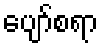
ပျော်စရာ